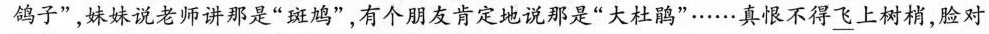
鸽子”，妹妹说老师讲那是”斑鸠”，有个朋友肯定地说那是”大杜鹃”……真恨不得\underline{飞}上树梢，脸对